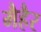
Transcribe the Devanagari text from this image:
मैहैर